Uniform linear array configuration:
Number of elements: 4
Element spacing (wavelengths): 0.25
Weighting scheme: hann
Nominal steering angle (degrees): -15
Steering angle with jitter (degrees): -16.192
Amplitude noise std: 0.05
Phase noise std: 0.05

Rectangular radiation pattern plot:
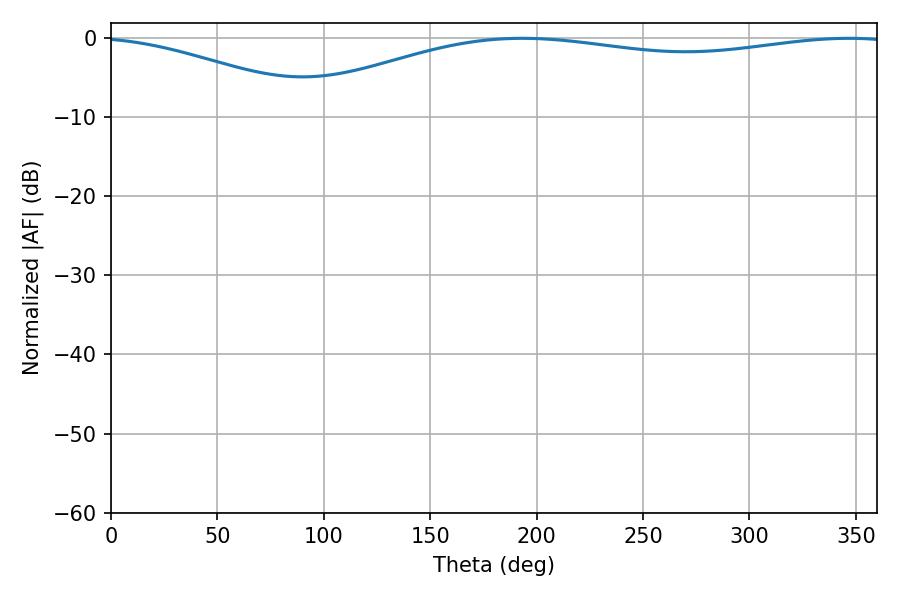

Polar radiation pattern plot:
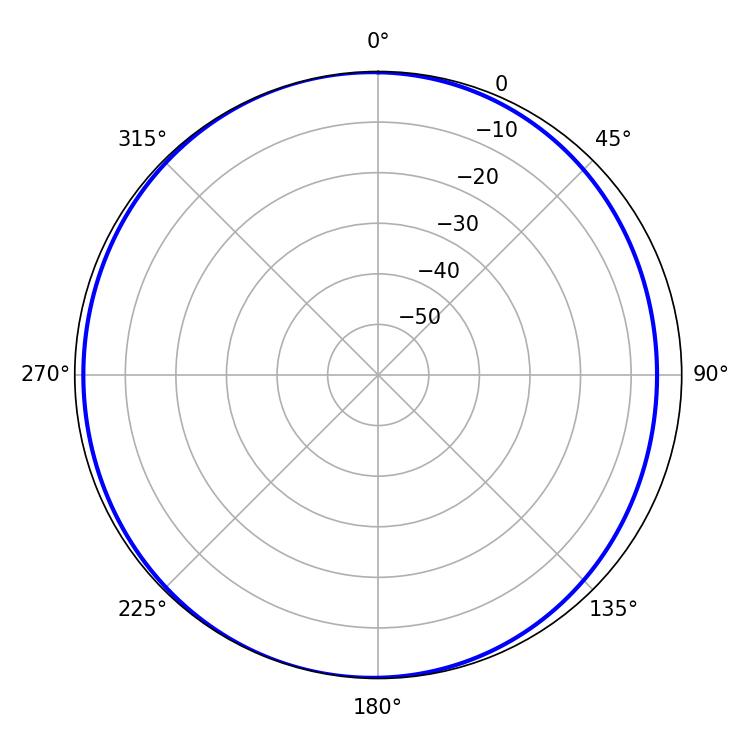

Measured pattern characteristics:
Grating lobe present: FALSE
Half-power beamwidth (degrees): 230.4
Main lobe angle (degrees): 193.14